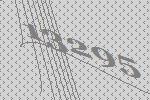
13295